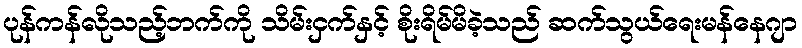
ပုန်ကန်လိုသည့်ဘက်ကို သိမ်းငှက်နှင့် စိုးရိမ်မိခဲ့သည် ဆက်သွယ်ရေးမန်နေဂျာ